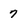
Character: 7